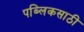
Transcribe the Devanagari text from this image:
पब्लिकसाठी